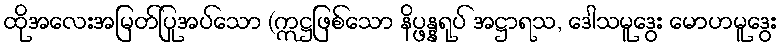
ထိုအလေးအမြတ်ပြုအပ်သော (ဣဋ္ဌဖြစ်သော နိပ္ဖန္နရုပ် အဋ္ဌာရသ, ဒေါသမူဒွေး မောဟမူဒွေး